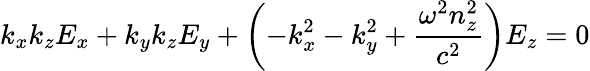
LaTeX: k_{x}k_{z}E_{x}+k_{y}k_{z}E_{y}+\left(-k_{x}^{2}-k_{y}^{2}+{\frac{\omega^{2}n_{z}^{2}}{c^{2}}}\right)E_{z}=0